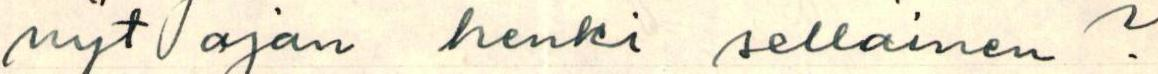
nyt ajan henki sellainen?